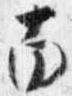
南